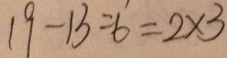
1 9 - 1 3 = 6 = 2 \times 3